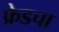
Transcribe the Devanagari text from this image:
फ्रेडचा